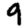
Digit: 9